Civil Veterinary Department. Central Provinces & Berar 1932-41 - 1932-1941
Year: 1932
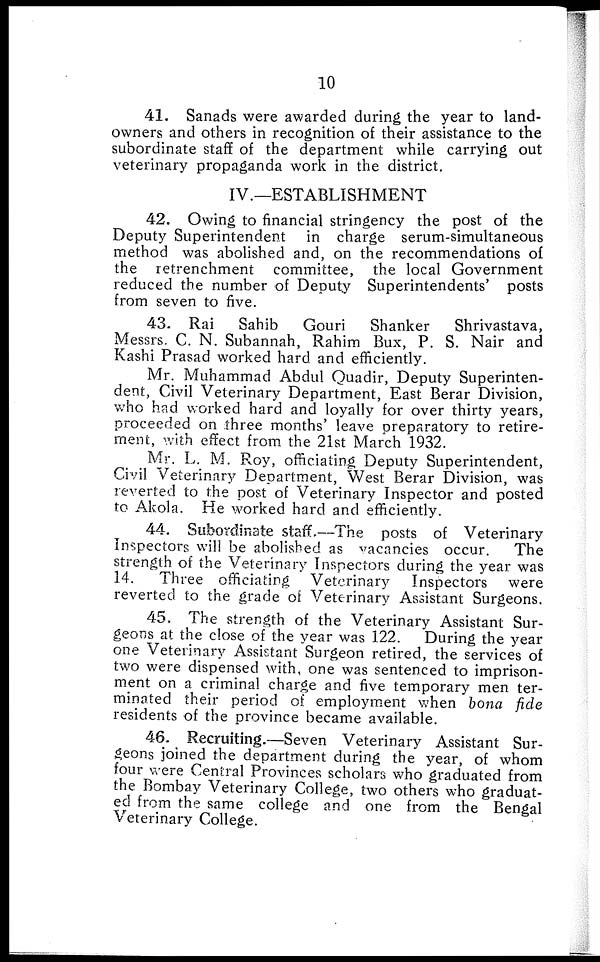
10
41. Sanads were awarded during the year to land-
owners and others in recognition of their assistance to the
subordinate staff of the department while carrying out
veterinary propaganda work in the district.
IV.—ESTABLISHMENT
42. Owing to financial stringency the post of the
Deputy Superintendent in charge serum-simultaneous
method was abolished and, on the recommendations of
the retrenchment committee, the local Government
reduced the number of Deputy Superintendents' posts
from seven to five.
43. Rai
Sahib
Gouri
Shanker
Shrivastava,
Messrs. C. N. Subannah, Rahim Bux, P. S. Nair and
Kashi Prasad worked hard and efficiently.
Mr. Muhammad Abdul Quadir, Deputy Superinten-
dent, Civil Veterinary Department, East Berar Division,
who had worked hard and loyally for over thirty years,
proceeded on three months' leave preparatory to retire-
ment, with effect from the 21st March 1932.
Mr. L. M. Roy, officiating Deputy Superintendent,
Civil Veterinary Department, West Berar Division, was
reverted to the post of Veterinary Inspector and posted
to Akola. He worked hard and efficiently.
44. Subordinate staff.—The posts of Veterinary
Inspectors will be abolished as vacancies occur.
The
strength of the Veterinary Inspectors during the year was
14.
Three officiating Veterinary Inspectors were
reverted to the grade of Veterinary Assistant Surgeons.
45. The strength of the Veterinary Assistant Sur-
geons at the close of the year was 122. During the year
one Veterinary Assistant Surgeon retired, the services of
two were dispensed with, one was sentenced to imprison-
ment on a criminal charge and five temporary men ter-
minated their period of employment when bona fide
residents of the province became available.
46. Recruiting.—Seven Veterinary Assistant Sur-
geons joined the department during the year, of whom
four were Central Provinces scholars who graduated from
the Bombay Veterinary College, two others who graduat-
ed from the same college and one from the Bengal
Veterinary College.